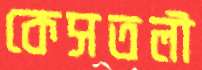
কেসতলী